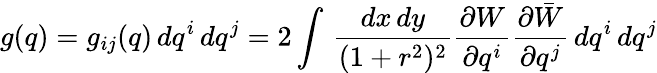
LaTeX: g(q)=g_{ij}(q)\, dq^{i}\, dq^{j}=2\int\, \frac{dx\, dy}{(1+r^{2})^{2}}\frac{\partial W}{\partial q^{i}}\frac{\partial\bar{W}}{\partial q^{j}}\, dq^{i}\, dq^{j}